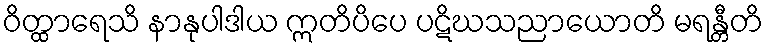
ဝိတ္ထာရေသိ နာနုပါဒါယ ဣတိပိပေ ပဋိဃသညာယောတိ မရန္တီတိ